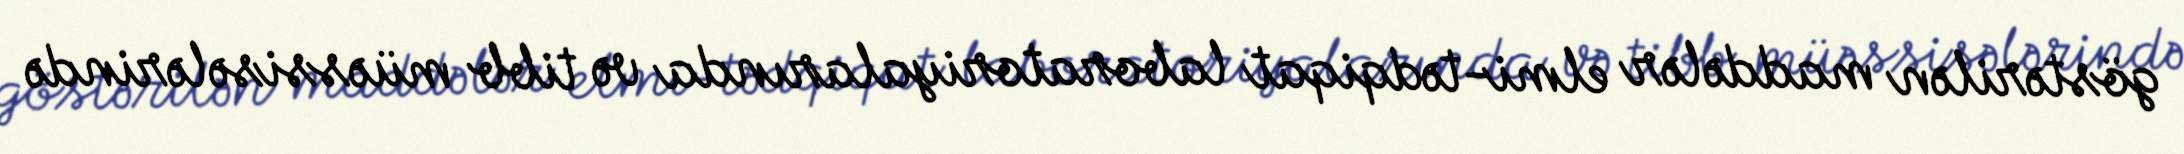
göstərilən maddələr elmi-tədqiqat laboratoriyalarında və tibb müəssisələrində